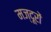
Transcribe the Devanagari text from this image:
मज्दूरों